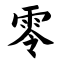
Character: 零